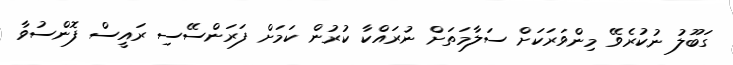
ގަބޫލު ނުކުރެވޭ މިންވަރަކަށް ސަލާމަތަށް ނުރައްކާ ކުރުން ކަމަށް ފަރަންސޭސި ރައީސް ފޮންސުވާ